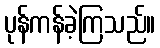
ပုန်ကန်ခဲ့ကြသည်။